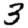
Digit: 3